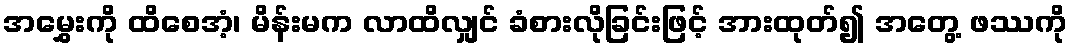
အမွှေးကို ထိစေအံ့၊ မိန်းမက လာထိလျှင် ခံစားလိုခြင်းဖြင့် အားထုတ်၍ အတွေ့ ဖဿကို